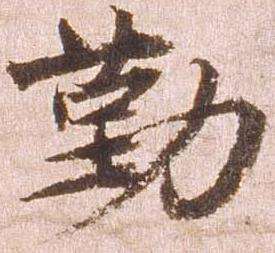
勤